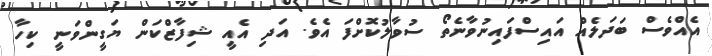
އެއްވެސް ބަދަލެއް އައިސްފައިނުވާނެތޯ ސުވާލުކޮށްފަ އެވެ. އަދި އެއީ ޝިފާޒްކަން ޔަގީންވަނީ ކިހާ